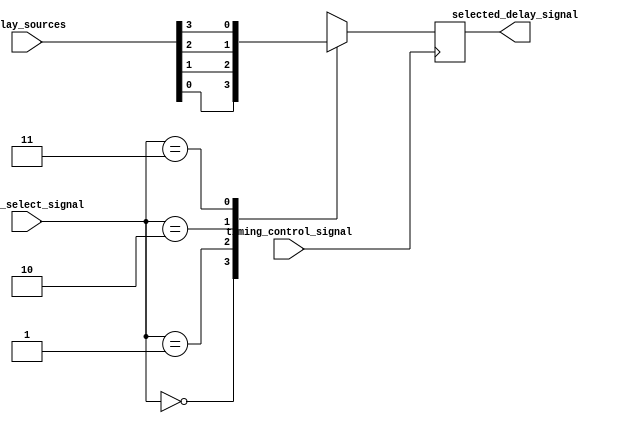
module Timing_control_and_synchronization_blocks (
    input wire timing_control_signal,
    input wire [1:0] delay_select_signal,
    input wire [3:0] delay_sources,
    output wire selected_delay_signal
);

reg [3:0] delay_signals;

// Timing control logic
always @ (posedge timing_control_signal)
begin
    case (delay_select_signal)
        2'b00: selected_delay_signal <= delay_sources[0];
        2'b01: selected_delay_signal <= delay_sources[1];
        2'b10: selected_delay_signal <= delay_sources[2];
        2'b11: selected_delay_signal <= delay_sources[3];
    endcase
end

endmodule